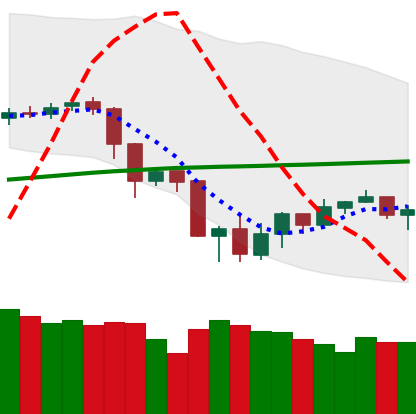
Ticker: ETC-USD
Chart end date: 2019-07-24
Forward return: -3.02%
Label: down_3_5